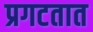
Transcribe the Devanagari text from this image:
प्रगटतात